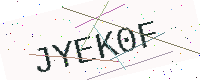
Text: JYEK0F